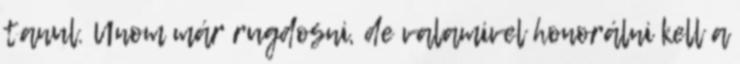
tanul. Unom már rugdosni, de valamivel honorálni kell a